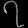
Digit: ၇